Report of the King Institute of Preventive Medicine, Guindy
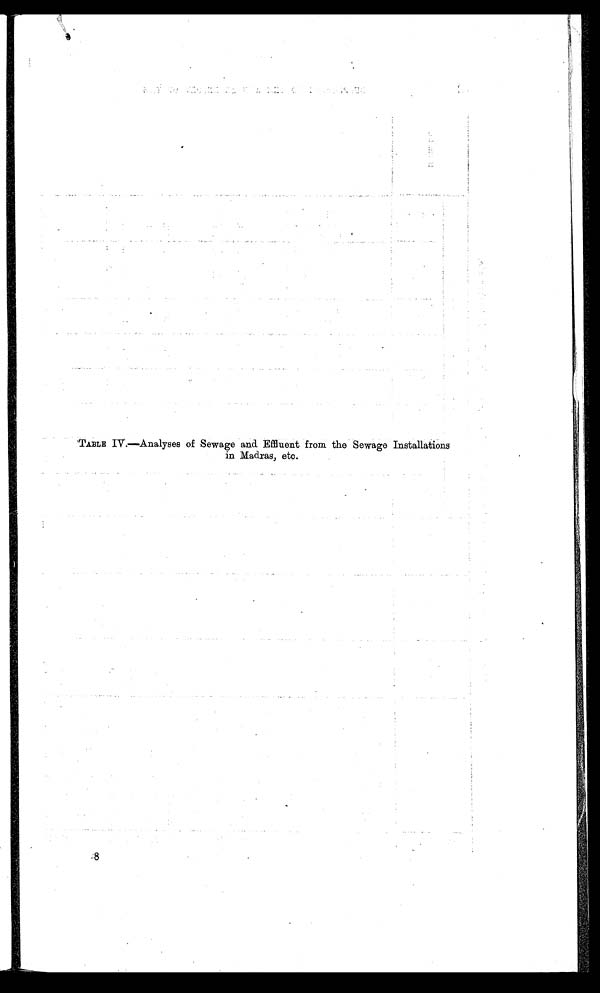
TABLE IV.—Analyses of Sewage and Effluent from the Sewage Installations
in Madras, etc.